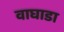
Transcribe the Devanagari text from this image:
वाघाडा